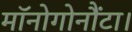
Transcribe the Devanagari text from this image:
मॉनोगोनौंटा।